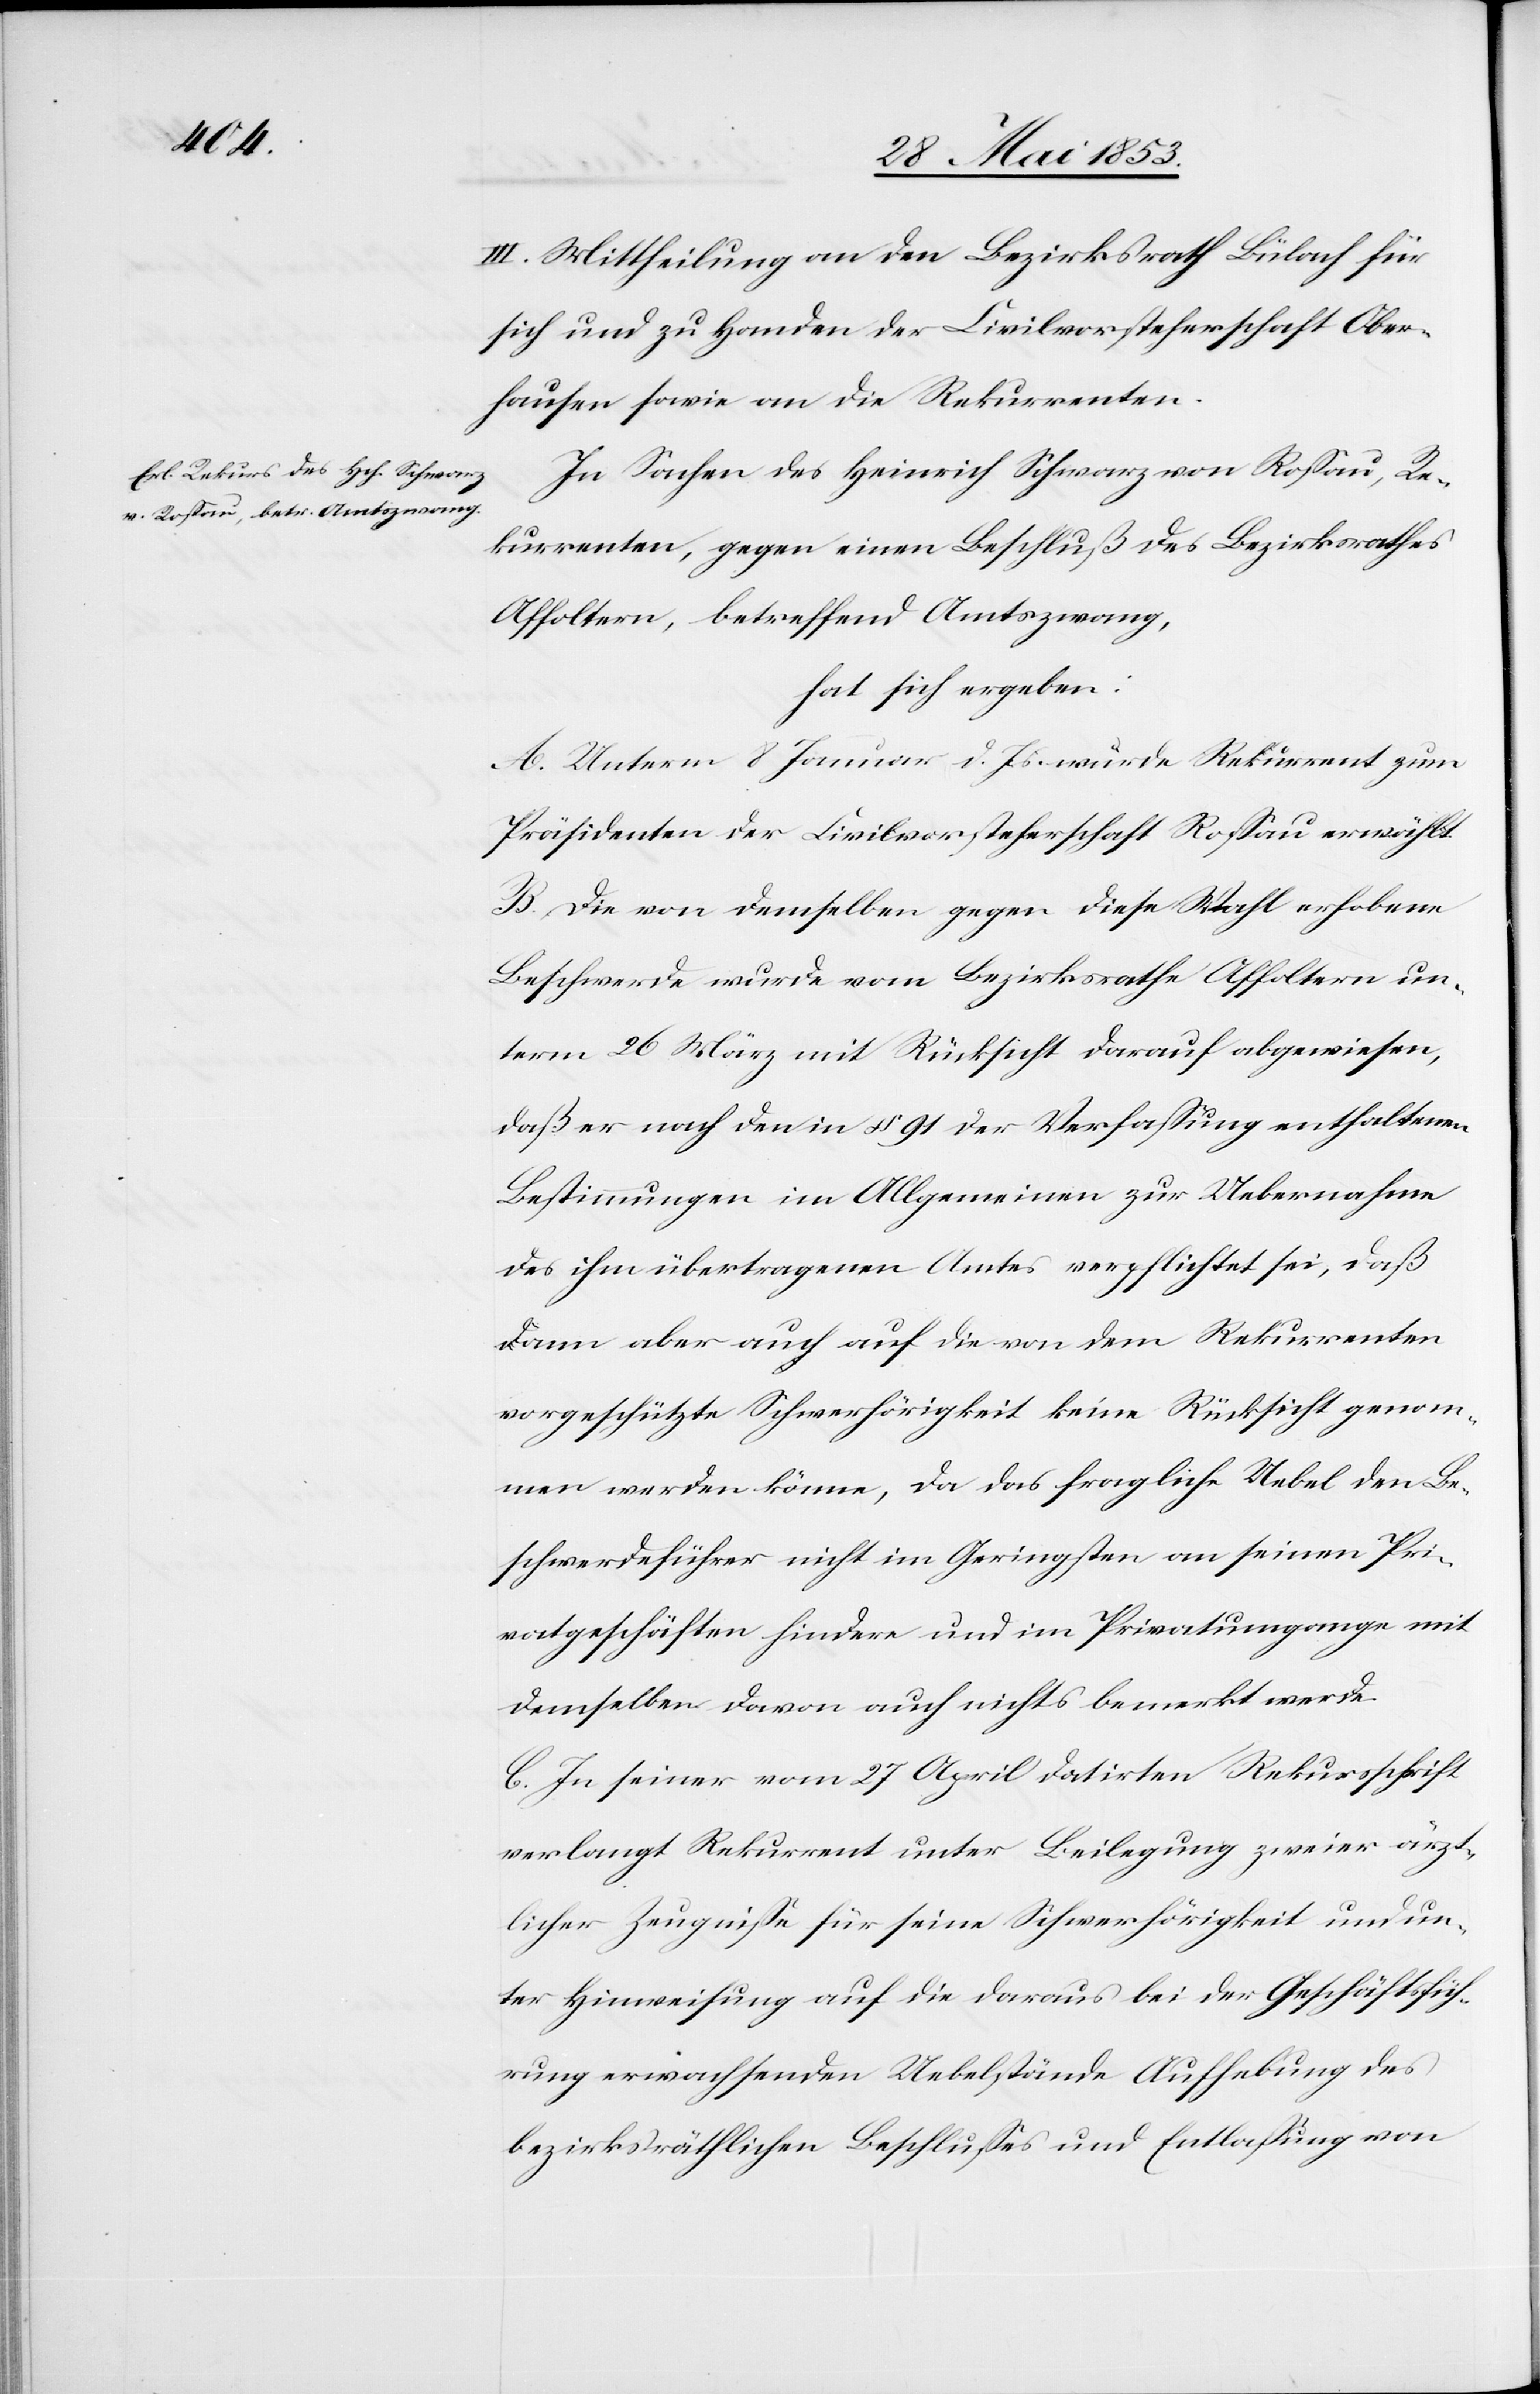
III. Mittheilung an den Bezirksrath Bülach für
sich und zu Handen der Civilvorsteherschaft Ober¬
hausen sowie an den Rekurrenten.
In Sachen des Heinrich Schwarz von Roßau, Re¬
kurrenten, gegen einen Beschluß des Bezirksrathes
Affoltern, betreffend Amtszwang,
hat sich ergeben:
A. Unterm 8 Januar d. Js. wurde Rekurrent zum
Präsidenten der Civilvorsteherschaft Roßau erwählt.
B. Die von demselben gegen diese Wahl erhobene
Beschwerde wurde vom Bezirksrathe Affoltern un¬
term 26 März mit Rücksicht darauf abgewiesen,
daß er nach den in § 91 der Verfaßung enthaltenen
Bestimmungen im Allgemeinen zur Uebernahme
des ihm übertragenen Amtes verpflichtet sei, daß
dann aber auch auf die von dem Rekurrenten
vorgeschützte Schwerhörigkeit keine Rücksicht genom¬
men werden könne, da das fragliche Uebel den Be¬
schwerdeführer nicht im Geringsten an seinen Pri¬
vatgeschäften hindere und im Privatumgange mit
demselben davon auch nichts bemerkt werde.
C. In seiner vom 27 April datirten Rekursschrift
verlangt Rekurrent unter Beilegung, zweier ärzt¬
licher Zeugniße für seine Schwerhörigkeit und un¬
ter Hinweisung auf die daraus bei der Geschäftsfüh¬
rung erwachsenden Uebelstände Aufhebung des
bezirksräthlichen Beschlußes und Entlaßung von